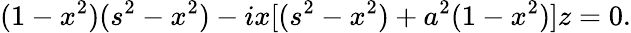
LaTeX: (1-x^{2})(s^{2}-x^{2})-ix[(s^{2}-x^{2})+a^{2}(1-x^{2})]z=0.